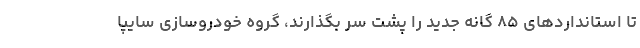
تا استانداردهای ۸۵ گانه جدید را پشت سر بگذارند، گروه خودروسازی سایپا